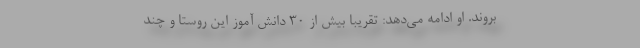
بروند. او ادامه می‌دهد: تقریبا بیش از ۳۰ دانش آموز این روستا و چند